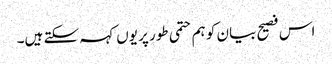
اس فصیح بیان کو ہم حتمی طور پر یوں کہہ سکتے ہیں۔